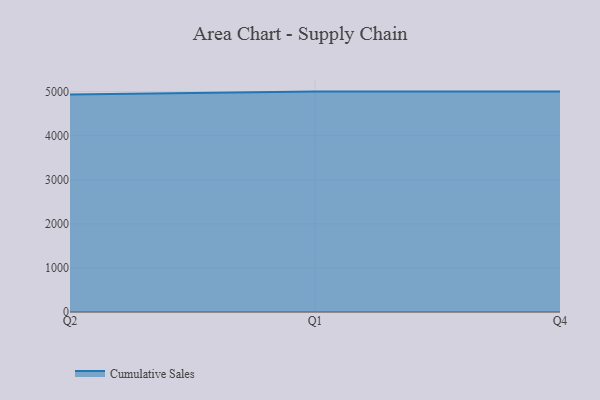
{"axis": {"x": "Quarter", "y": "Population (Million)"}, "legend": ["Cumulative Sales"], "data": [{"x": "Q2", "y": 4934.1, "type": "Cumulative Sales"}, {"x": "Q1", "y": 5000, "type": "Cumulative Sales"}, {"x": "Q4", "y": 5000, "type": "Cumulative Sales"}]}